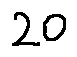
2 0